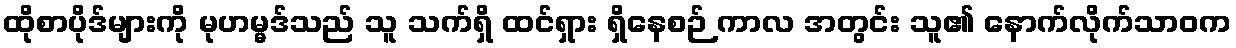
ထိုစာပိုဒ်များကို မုဟမ္မဒ်သည် သူ သက်ရှိ ထင်ရှား ရှိနေစဉ် ကာလ အတွင်း သူ၏ နောက်လိုက်သာဝက